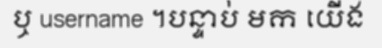
ឬ username ។បន្ទាប់ មក យើង